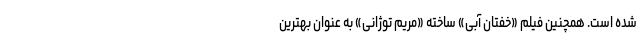
شده است. همچنین فیلم‌ «خفتان آبی» ساخته «مریم توژانی» به عنوان بهترین